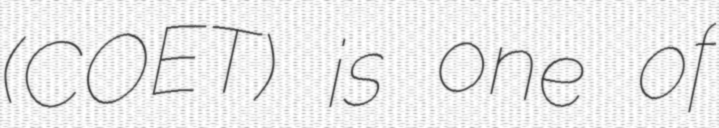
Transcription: (COET) is one of